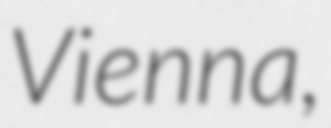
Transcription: Vienna,